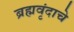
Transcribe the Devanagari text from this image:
ब्रह्मवृंदाचे